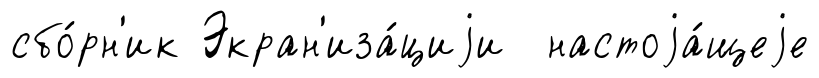
сбо́рн'ик Экран'иза́циjи настоjа́щеjе